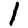
Digit: 1